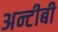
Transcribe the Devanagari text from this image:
अन्टीबी